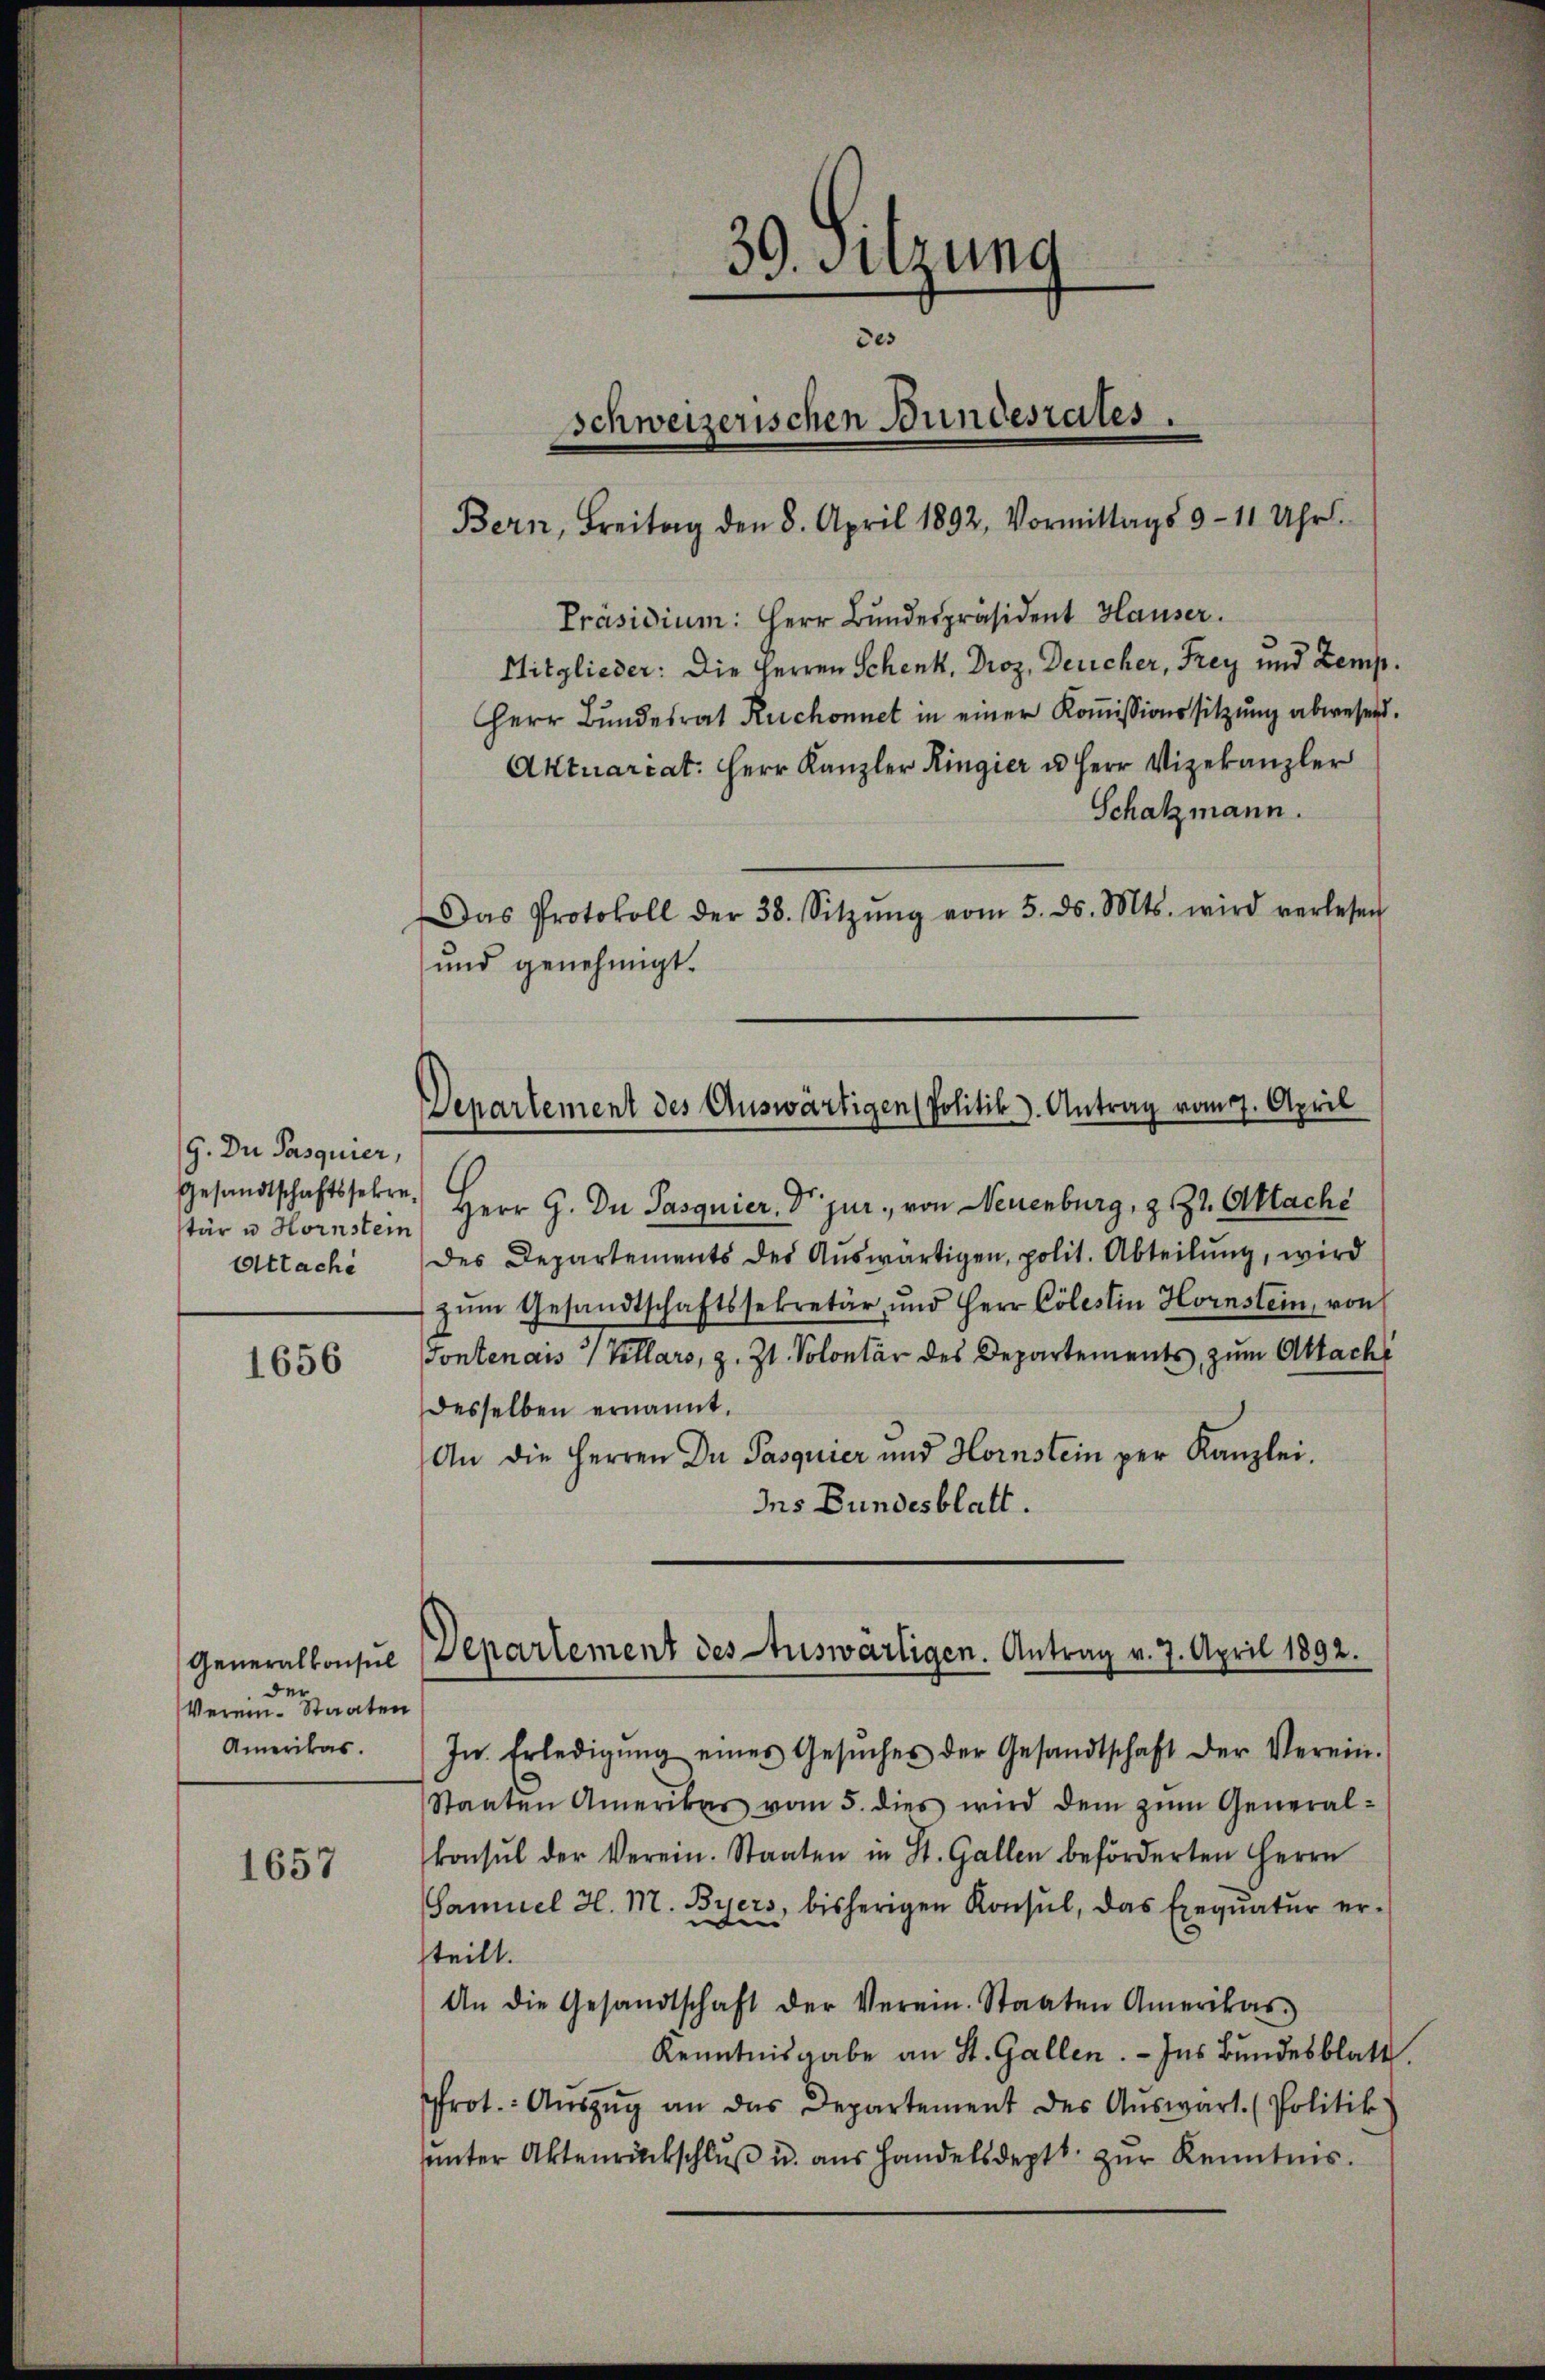
9. Du Pasquier,
Gesandtschaftssekre
stär u. Hornstein
Ottachi

1656

Generalkonsul
der
Verein-Staaten
Amerikas.

1657

Herr G. Du Pasquier. Dr. jur., von Neuenburg, z. Zt. Oktaché
des Departements des Auswärtigen, polit. Abteilung, wird
zŭm Gesandtschaftssekretär und Herr Cölestin Hornstein, von
Tontenais   Kollars, z. Zt. Volontär des Departements, zum Attach
desselben ernannt.
An die Herren Dr Pasquier und Hornstein per Kanzlei.
Ins Bundesblatt.

39. Sitzung
des
Schweizerischen Bundesrates.

Präsidium: Herr Bundespräsident Hauser.
Mitglieder: Die Herren Schenk, Droz, Deucher, Frey und Zemp.
Herr Bŭndesrat Ruchonnet in einer Koṁissionssitzŭng abwesend.
Aktuariat. Herr Kanzler Ringier u Herr Vizekanzler
Schatzmann.
Das Protokoll der 38. Sitzŭng vom 5. ds. Mts. wird verlesen
und genehmigt.

Departement des Auswärtigen (Politik. Antrag vom 7. April

Departement des Auswärtigen. Antrag v. 7. April 1892.

In Erledigŭng eines Gesŭches der Gesandtschaft der Verein-
Staaten Amerikas vom 5. dies wird dem zŭm General-
konsul der Verein. Staaten in St. Gallen beförderten Herrn
Samuel H. N. Byers, bisherigen Konsul, das Exequatur er-
teilt.
An die Gesandtschaft der Verein. Staaten Amerikas
Kenntnisgabe an St. Gallen. - Ins Bundesblatt
Prot.: Aŭszŭg an das Departement des Aŭswart. (Politik
uunter Aktenrückschluß u. aus Handelsdeptt zur Kenntnis.